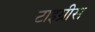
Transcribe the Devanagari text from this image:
टाइग्रीस